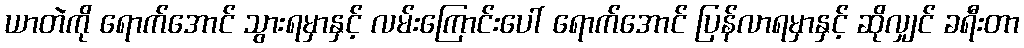
ယာတဲကို ရောက်အောင် သွားရမှာနှင့် လမ်းကြောင်းပေါ် ရောက်အောင် ပြန်လာရမှာနှင့် ဆိုလျှင် ခရီးတာ